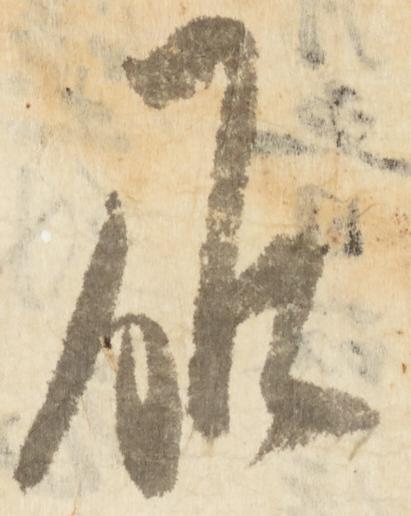
候